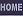
home